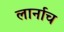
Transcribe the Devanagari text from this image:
लार्नाच